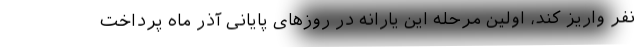
نفر واریز کند، اولین مرحله این یارانه در روزهای پایانی آذر ماه پرداخت